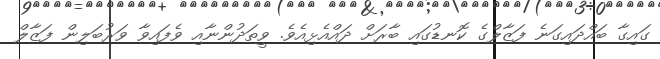
ގައިގާ ބައްދައިގަނެ ފަޒާލްގެ ކޮނޑުގައި ބާރަށް ދައްއެޅިއެވެ. ވީތަދުންނާއި ވެފައިވާ ވަރުބަލިން ފަޒާލް